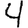
Digit: 4